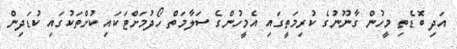
އަދި ބޮޑެތި މީހުން ގާނޫނުގެ ކުރިމަތީގައި އެމީހުންގެ ސަލާމަތް ހޯދުމަށްޓަކައި ކުށްތަކުގައި ކުޑަދިން